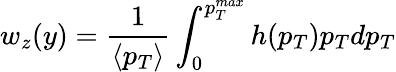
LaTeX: w_{z}(y)=\frac{1}{\langle p_{T}\rangle}\int_{0}^{p_{T}^{max}}h(p_{T})p_{T}dp_{T}